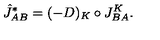
{ \hat { J } } _ { A B } ^ { \ast } = ( - D ) _ { K } \circ J _ { B A } ^ { K } .